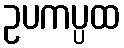
ဥပကပ္ပထ